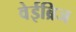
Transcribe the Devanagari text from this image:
वेईब्रिज